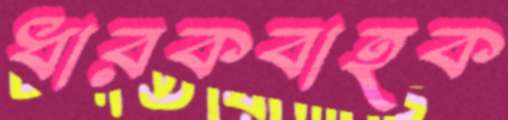
ধারকবাহক